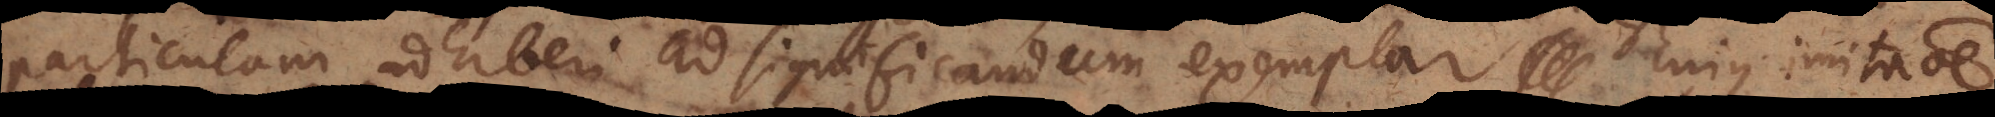
particulam adhiberi ad significandum exemplar cujus imitatio